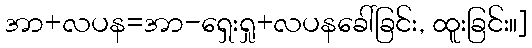
အာ+လပန=အာ-ရှေးရှု+လပနခေါ်ခြင်း, ထူးခြင်း။]